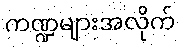
ကဏ္ဍများအလိုက်